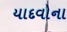
યાદવોના